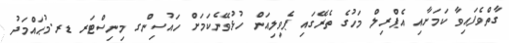
ގާތްވެފައިވާ ކަމަށާއި އެޕްރިލް މަހުގެ ތެރޭގައި ޕެވިލިއަން ހުޅުވޭނެކަމަށް ހައުސިންގ މިނިސްޓަރ ޑރ.މުޙައްމަދު